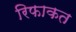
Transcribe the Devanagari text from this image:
रिफाकत